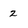
Character: 2